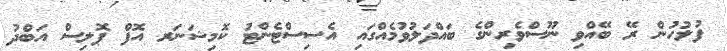
ފުލުހުން ރޭ ބޭއްވި ނޫސްވެރިންގެ ބައްދަލުވުމެއްގައި އެސިސްޓެންޓު ކޮމިޝަނަރ އޮފް ޕޮލިސް އަބްދު